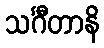
သင်္ဂီတာနိ